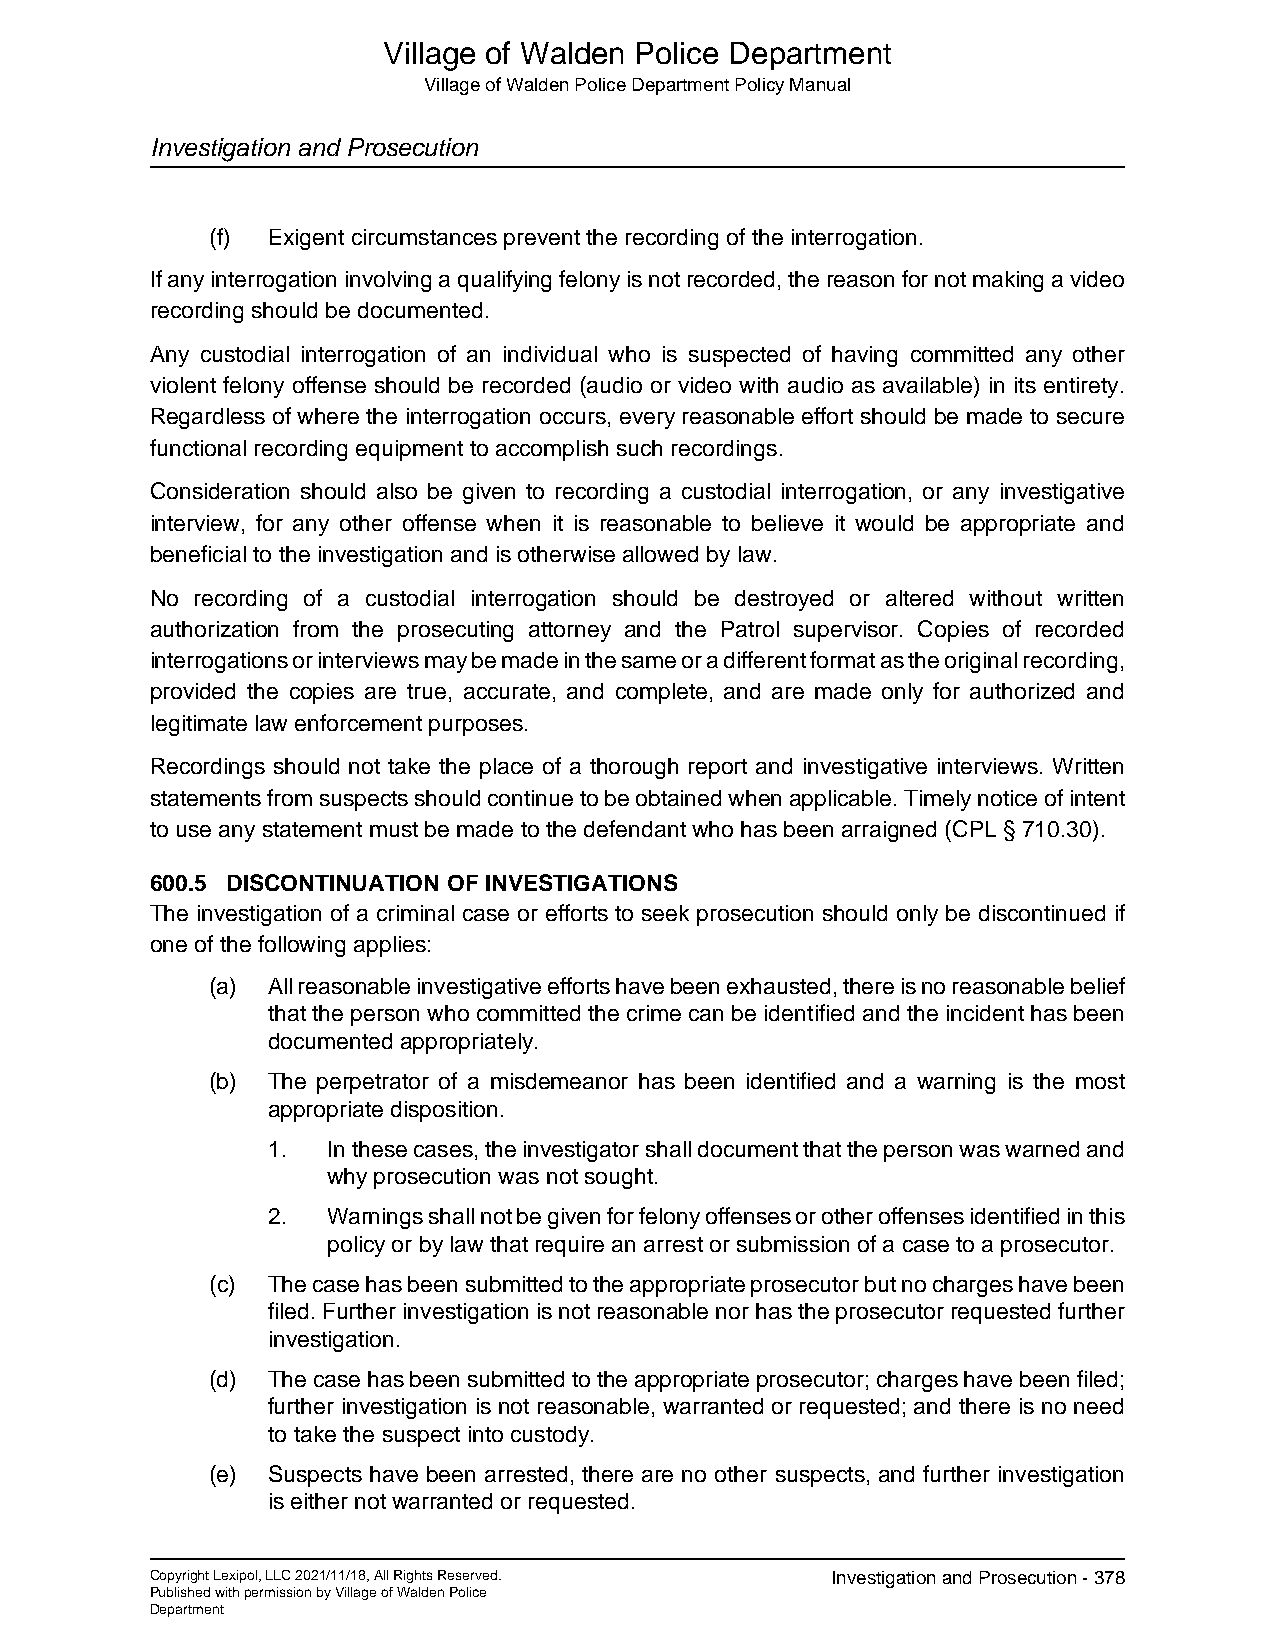
Village of Walden Police Department
 Village of Walden Police Department Policy Manual
 Investigation and Prosecution
 (f) Exigent circumstances prevent the recording of the interrogation.
 If any interrogation involving a qualifying felony is not recorded, the reason for not making a video
 recording should be documented.
 Any custodial interrogation of an individual who is suspected of having committed any other
 violent felony offense should be recorded (audio or video with audio as available) in its entirety.
 Regardless of where the interrogation occurs, every reasonable effort should be made to secure
 functional recording equipment to accomplish such recordings.
 Consideration should also be given to recording a custodial interrogation, or any investigative
 interview, for any other offense when it is reasonable to believe it would be appropriate and
 beneficial to the investigation and is otherwise allowed by law.
 No recording of a custodial interrogation should be destroyed or altered without written
 authorization from the prosecuting attorney and the Patrol supervisor. Copies of recorded
 interrogations or interviews may be made in the same or a different format as the original recording,
 provided the copies are true, accurate, and complete, and are made only for authorized and
 legitimate law enforcement purposes.
 Recordings should not take the place of a thorough report and investigative interviews. Written
 statements from suspects should continue to be obtained when applicable. Timely notice of intent
 to use any statement must be made to the defendant who has been arraigned (CPL § 710.30).
 600.5 DISCONTINUATION OF INVESTIGATIONS
 The investigation of a criminal case or efforts to seek prosecution should only be discontinued if
 one of the following applies:
 (a) All reasonable investigative efforts have been exhausted, there is no reasonable belief
 that the person who committed the crime can be identified and the incident has been
 documented appropriately.
 (b) The perpetrator of a misdemeanor has been identified and a warning is the most
 appropriate disposition.
 1.  In these cases, the investigator shall document that the person was warned and
 why prosecution was not sought.
 2.  Warnings shall not be given for felony offenses or other offenses identified in this
 policy or by law that require an arrest or submission of a case to a prosecutor.
 (c) The case has been submitted to the appropriate prosecutor but no charges have been
 filed. Further investigation is not reasonable nor has the prosecutor requested further
 investigation.
 (d) The case has been submitted to the appropriate prosecutor; charges have been filed;
 further investigation is not reasonable, warranted or requested; and there is no need
 to take the suspect into custody.
 (e) Suspects have been arrested, there are no other suspects, and further investigation
 is either not warranted or requested.
 Copyright Lexipol, LLC 2021/11/18, All Rights Reserved. Investigation and Prosecution - 378
 Published with permission by Village of Walden Police
 Department